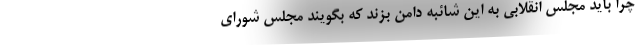
چرا باید مجلس انقلابی به این شائبه دامن بزند که بگویند مجلس شورای